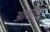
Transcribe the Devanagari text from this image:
आफीस